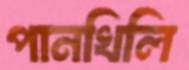
পানখিলি